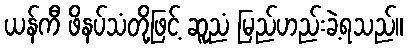
ယန်ကီ ဖိနပ်သံတို့ဖြင့် ဆူညံ မြည်ဟည်းခဲ့ရသည်။